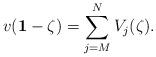
LaTeX: \begin{align*}v(\mathbf{1}-\zeta) = \sum_{j=M}^N V_j(\zeta).\end{align*}